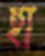
হা